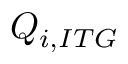
Q _ { i , I T G }